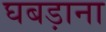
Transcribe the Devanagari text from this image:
घबड़ाना